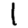
Digit: 1